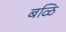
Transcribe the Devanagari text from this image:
बळि